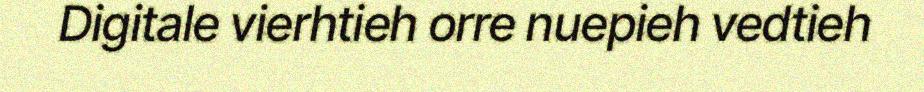
Digitale vierhtieh orre nuepieh vedtieh